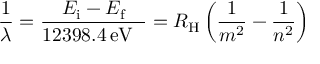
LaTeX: { \frac { 1 } { \lambda } } = { \frac { E _ { \mathrm { i } } - E _ { \mathrm { f } } } { 1 2 3 9 8 . 4 \, { \mathrm { e V ~ � } } } } = R _ { \mathrm { H } } \left( { \frac { 1 } { m ^ { 2 } } } - { \frac { 1 } { n ^ { 2 } } } \right)